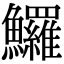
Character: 𩽰